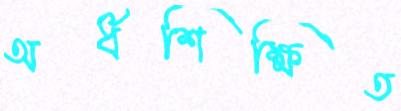
অর্ধশিক্ষিত